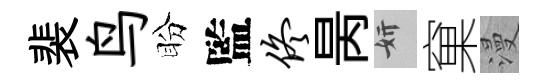
裴鸟盼監佟昺妍窠漫